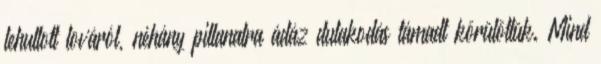
lehullott lováról, néhány pillanatra ádáz dulakodás támadt körülöttük. Mind